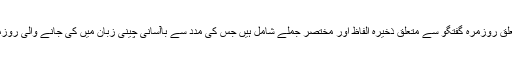
جس میں ملاقات، سپورٹ، صحت اور کھانے پینے سے متعلق روزمرہ گفتگو سے متعلق ذخیرہ الفاظ اور مختصر جملے شامل ہیں جس کی مدد سے باآسانی چینی زبان میں کی جانے والی روزمرہ استعمال کو عام گفتگو کو سیکھا اور سمجھا جاسکتا ہے۔